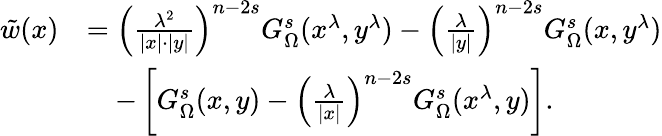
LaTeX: \begin{array}{rl}{\tilde{w}(x)}&{=\left(\frac{\lambda^{2}}{|x|\cdot|y|}\right)^{n-2s}G_{\Omega}^{s}(x^{\lambda},y^{\lambda})-\left(\frac{\lambda}{|y|}\right)^{n-2s}G_{\Omega}^{s}(x,y^{\lambda})}\\ &{\quad-\left[G_{\Omega}^{s}(x,y)-\left(\frac{\lambda}{|x|}\right)^{n-2s}G_{\Omega}^{s}(x^{\lambda},y)\right].}\end{array}